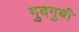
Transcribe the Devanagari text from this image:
गुबगुबी